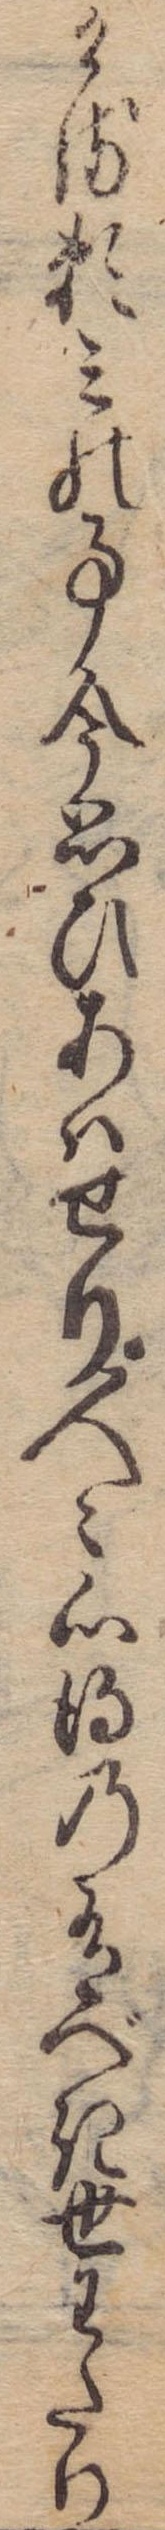
ける頼みの事今思ひあはせり人々心得の有べき世わたり